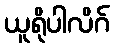
ယူရိုပါလိဂ်